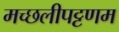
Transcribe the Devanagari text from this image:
मच्‍छलीपट्टणम